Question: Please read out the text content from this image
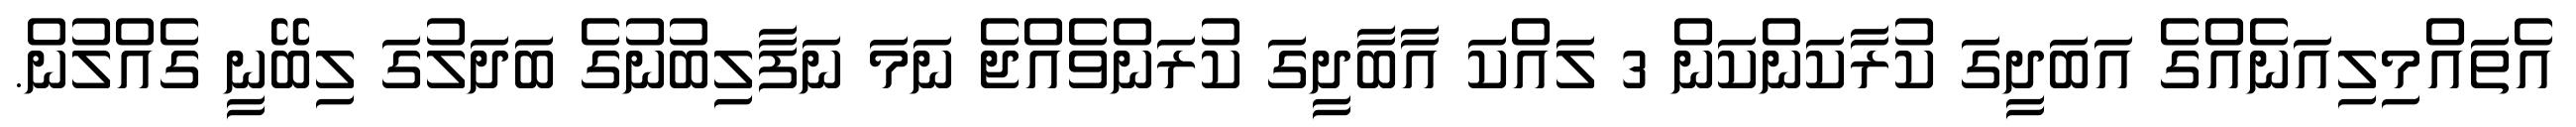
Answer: އެތައްމިލިއަނެއްގެ އަބަދީގަ ކުރާކަންކަން 3 ލައްކަ އާބާދީގަ ކުރަންވެއްޖެ ނަމަ ނަފާލިބުނުގެ ބަދަލުގަ ލިބޭނީ ގެއްލުން.